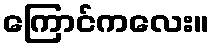
ကြောင်ကလေး။